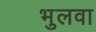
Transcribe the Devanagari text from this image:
भुलवा